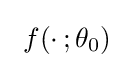
~f(\cdot \,;\theta _{0})~